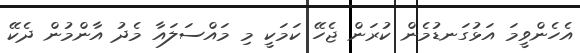
އެހެންވީމަ އަޅުގަނޑުމެން ކުރަން ޖެހޭ ކަމަކީ މި މައްސަލައާ މެދު އާންމުން ދެކޭ